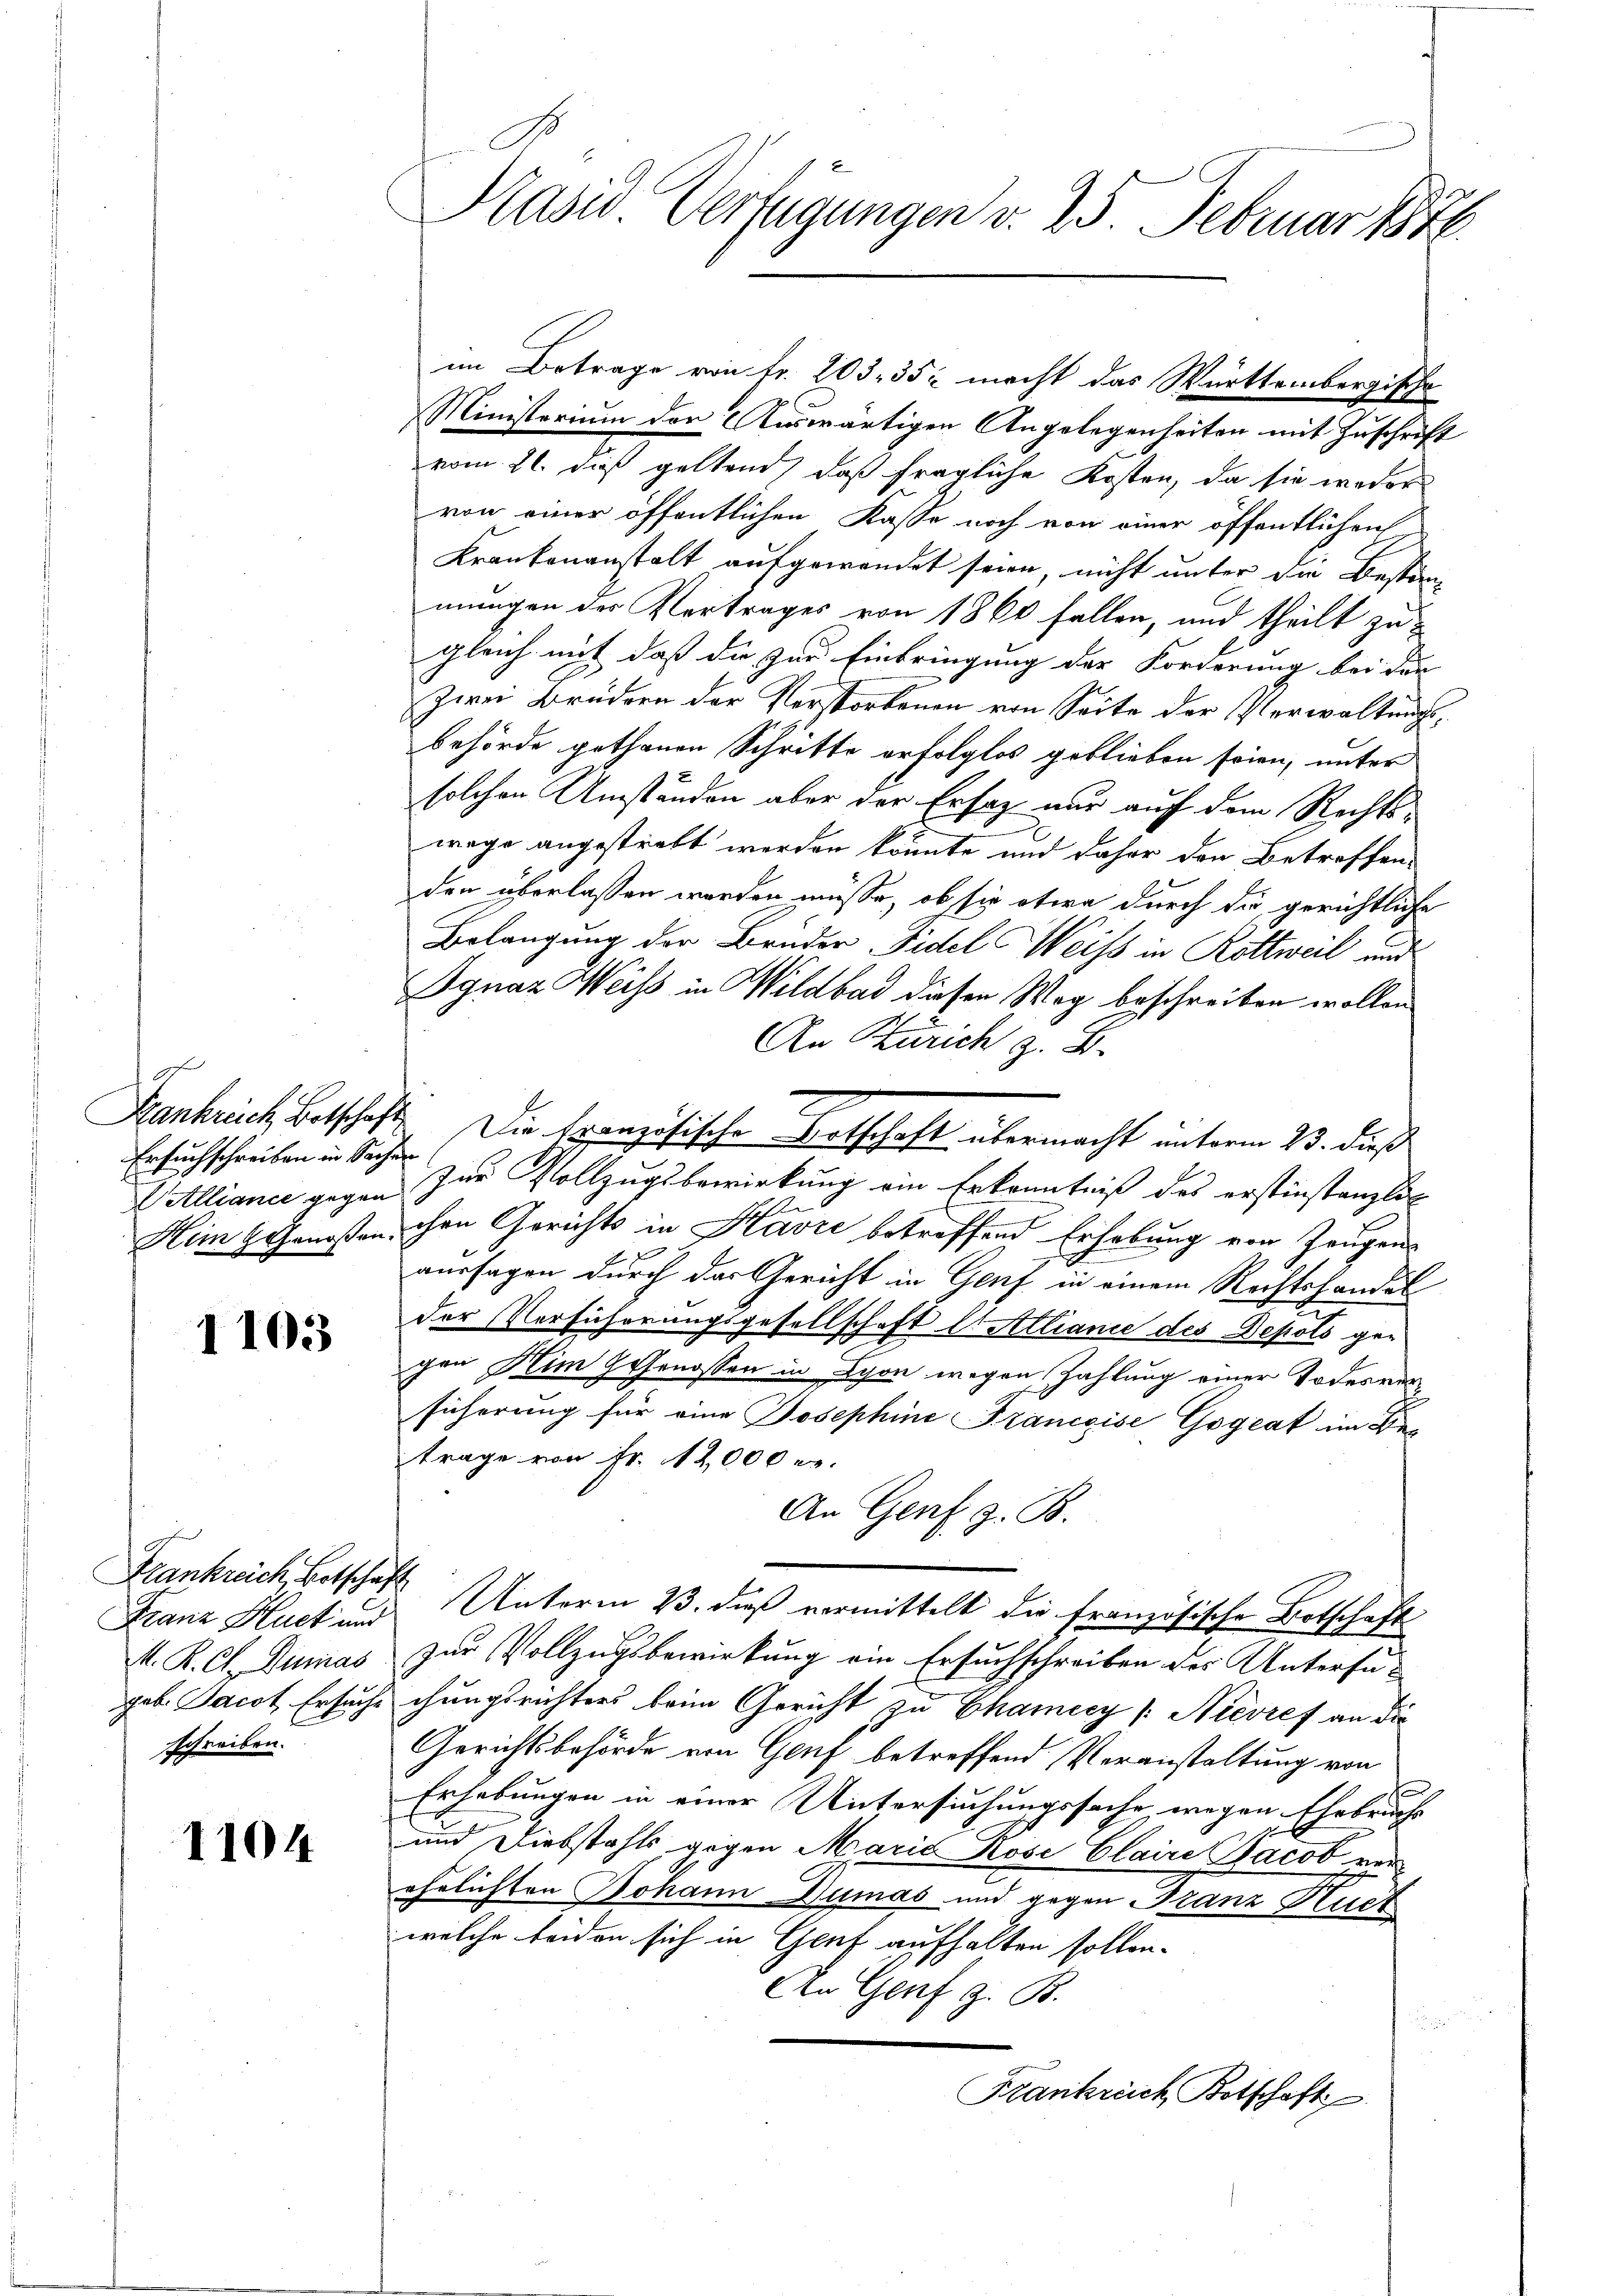
E
Ersuchschreiben in Sachen

1103

Frankreich, Botschaft
Franz Huct und
M. K. A. Dumas
schreiben.

1104

Präsid. Verfügungen v. 25. Februar 1876.

im Betrage von Fr. 203. 352 macht das Württembergische
Ministerium der Auswärtigen Angelegenheiten mit Zuschrift
vom 21. daß geltend, daß fragliche Kosten, da sie weder
von einer öffentlichen Kasse noch von einer öffentlichen
Krankenanstalt aufgewendet seien, nicht unter die Bestim-
mungen des Vertrages von 1864 fallen, und theilt zu
gleich mit daß die zur Einbringung der Forderung bei der
Zwei Brüdern der Verstorbenen von Seite der Verwaltungsbehörde gethanen Schritte erfolglos geblieben seien, unter
solchen Umständen aber der Ersatz nur auf dem Rechtswege angestraft werden könnte und daher den Betreffenden überlassen werden müsse, ob sie etwa durch die gerichtliche
Belangung der Brüder Fidel Weiss in Rottweil und
Ignaz Weiß in Wildbad diesen Weg beschreiben wollen
An Zürich z. B.
Walliance gegen zur Vollzugsbewirkung ein Erkenntniß des erstinstanzlich
Him Genoßen, ihre Gerichts in Havre betreffend Erhebung von Zeugens
aussagen durch das Gericht in Genf in einem Rechtshandel
der Versicherungsgesellschaft l. Allianie des Depots ge-
gen Keim Genossen in Lyon wegen Zahlung einer Todesversicherung für eine Josephine Francoise Gogeat im Bes
trage von Fr. 12000 er
An Genf z. B.
Unterm 23. dieß vermittelt die französische Botschaft
zur Vollzugsbewirkung ein Ersuchschreiben des Untersugab. Jacot Ersuchschungsrichters beim Gericht zu Chamicy (Nièvref an die
Gerichtsbehörde von Genf betreffend Veranstaltung von
Erhebungen in einer Untersuchungssache wegen Ehebruchs
und Diebstahls gegen Marie Röse Claire Jacob ver-
ehelichten Johann Dumas und gegen Franz Huer
welche beiden sich in Genf aufhalten sollen.
An Genf z. B.
Frankreich Botschaft

Hankrich Betschaft. Die französische Botschaft übermacht unterm 23. dieß